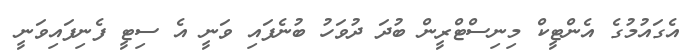
އެގައުމުގެ އެންޓީކް މިނިސްޓްރީން ބުދަ ދުވަހު ބުނެފައި ވަނީ އެ ސިޓީ ފެނިފައިވަނީ